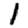
Digit: 1